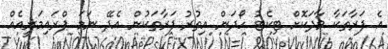
އެ ފަރާތަކާ ވާދަކޮށް ޓިކެޓު ހޯދަން އިތުރު ފަރާތަކުން އެދޭ ނަމަ ޕްރައިމަރީއެއް